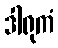
ဒါရုကံ